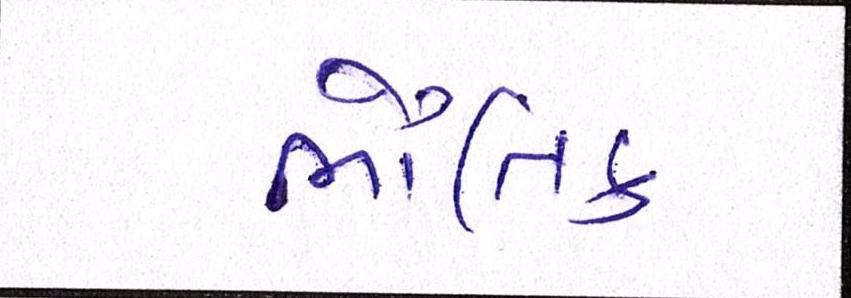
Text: ભૌતિક